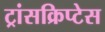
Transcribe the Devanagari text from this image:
ट्रांसक्रिप्टेस